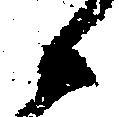
候